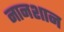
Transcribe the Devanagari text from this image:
नानशान